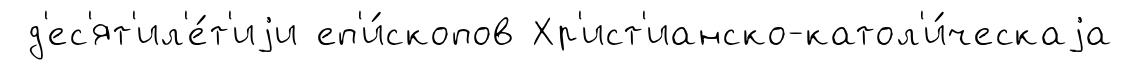
д'ес'ят'ил'е́т'иjи еп'и́скопов Хр'ист'ианско-катол'и́ческаjа